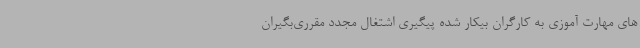
های مهارت آموزی به کارگران بیکار شده پیگیری اشتغال مجدد مقرری‌بگیران